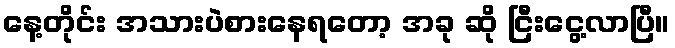
နေ့တိုင်း အသားပဲစားနေရတော့ အခု ဆို ငြီးငွေ့လာပြီ။